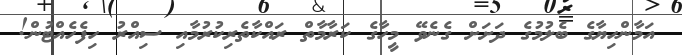
އަމާންހިޔާގެ ބެލުމުގެ ދަށަށް ގެނެވޭ މީހާގެ ކަރާމާތް ރައްކާތެރިކުރުމާއި ސިއްރު ހިފެހެއްޓުން!